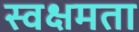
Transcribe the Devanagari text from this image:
स्वक्षमता